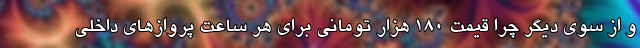
و از سوی دیگر چرا قیمت ۱۸۰ هزار تومانی برای هر ساعت پروازهای داخلی